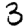
Digit: 3